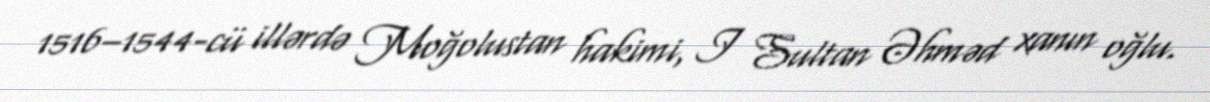
1516–1544-cü illərdə Moğolustan hakimi, I Sultan Əhməd xanın oğlu.